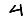
Digit: 4